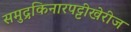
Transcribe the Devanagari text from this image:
समुद्रकिनारपट्टीखेरीज